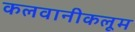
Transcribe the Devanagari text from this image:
कलवानीकलूम